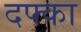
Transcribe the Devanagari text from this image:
दफ्का